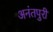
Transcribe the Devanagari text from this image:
अनंतपुरी